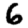
Digit: 6